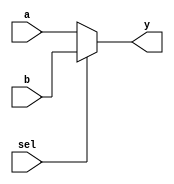
`ifndef MUX2X1_V
`define	MUX2X1_V

module Mux2x1(a, b, sel, y);
	
  parameter width = 1;
  input wire[width-1:0] a, b;
  input wire sel;
	output reg[width-1:0] y;
	
	always @(*) begin
		if (sel == 1'b0)
			y = a;
		else 
			y = b;
	end

endmodule

`endif